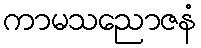
ကာမသညောဇနံ